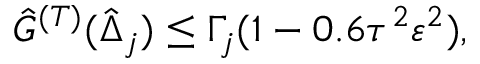
\hat { G } ^ { ( T ) } ( \hat { \Delta } _ { j } ) \leq \Gamma _ { j } ( 1 - 0 . 6 \tau ^ { 2 } \varepsilon ^ { 2 } ) ,